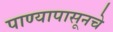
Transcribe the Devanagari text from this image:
पाण्यापासूनचे